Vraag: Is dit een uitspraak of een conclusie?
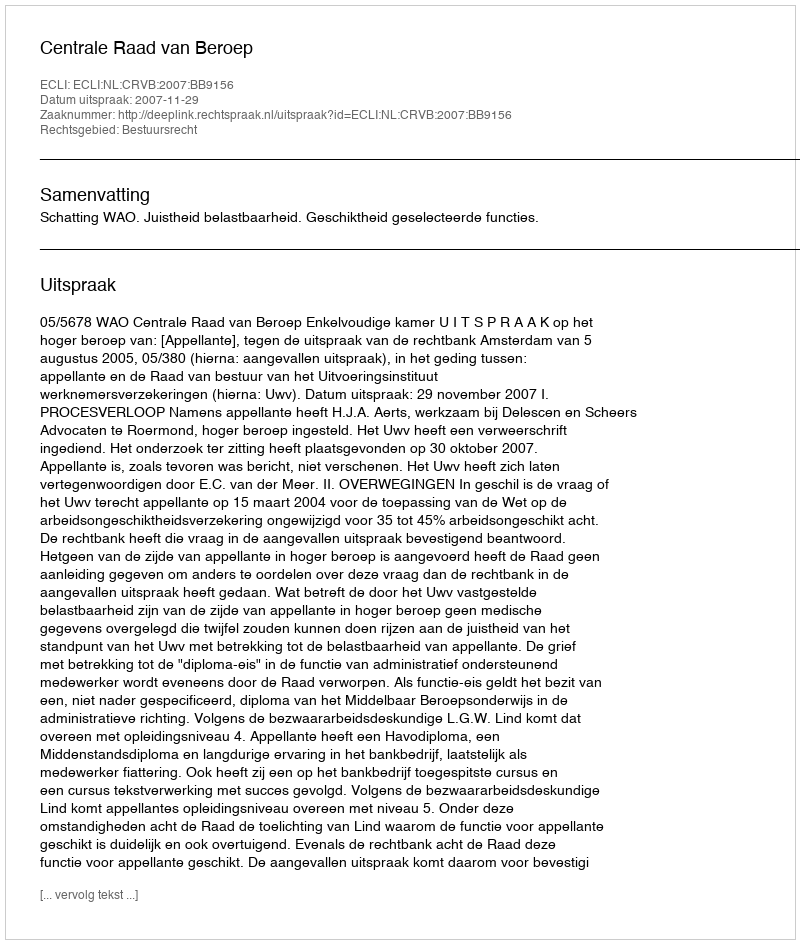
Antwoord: Uitspraak